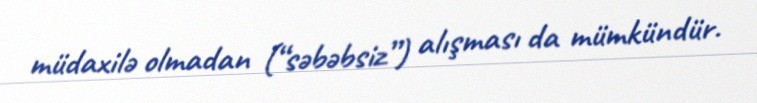
müdaxilə olmadan (“səbəbsiz”) alışması da mümkündür.